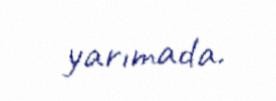
yarımada.